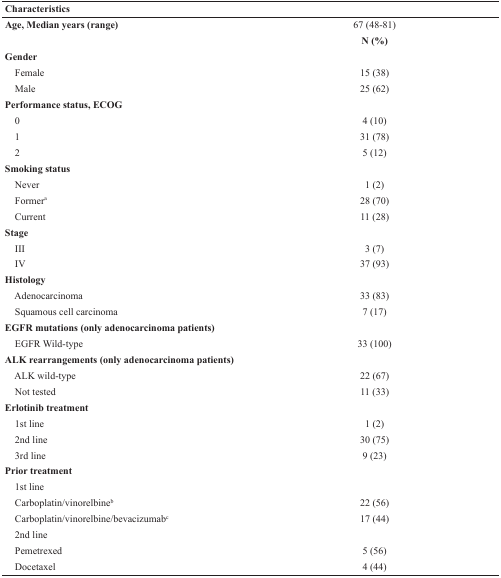
<table><thead><tr><td><b>Characteristics</b></td><td></td></tr></thead><tbody><tr><td><b>Age, Median years (range)</b></td><td>67 (48-81)</td></tr><tr><td></td><td><b>N (%)</b></td></tr><tr><td><b>Gender</b></td><td></td></tr><tr><td> Female</td><td>15 (38)</td></tr><tr><td> Male</td><td>25 (62)</td></tr><tr><td><b>Performance status, ECOG</b></td><td></td></tr><tr><td> 0</td><td>4 (10)</td></tr><tr><td> 1</td><td>31 (78)</td></tr><tr><td> 2</td><td>5 (12)</td></tr><tr><td><b>Smoking status</b></td><td></td></tr><tr><td> Never</td><td>1 (2)</td></tr><tr><td> Former<sup>a</sup></td><td>28 (70)</td></tr><tr><td> Current</td><td>11 (28)</td></tr><tr><td><b>Stage</b></td><td></td></tr><tr><td> III</td><td>3 (7)</td></tr><tr><td> IV</td><td>37 (93)</td></tr><tr><td><b>Histology</b></td><td></td></tr><tr><td> Adenocarcinoma</td><td>33 (83)</td></tr><tr><td> Squamous cell carcinoma</td><td>7 (17)</td></tr><tr><td><b>EGFR mutations (only adenocarcinoma patients)</b></td><td></td></tr><tr><td> EGFR Wild-type</td><td>33 (100)</td></tr><tr><td><b>ALK rearrangements (only adenocarcinoma patients)</b></td><td></td></tr><tr><td> ALK wild-type</td><td>22 (67)</td></tr><tr><td> Not tested</td><td>11 (33)</td></tr><tr><td><b>Erlotinib treatment</b></td><td></td></tr><tr><td> 1st line</td><td>1 (2)</td></tr><tr><td> 2nd line</td><td>30 (75)</td></tr><tr><td> 3rd line</td><td>9 (23)</td></tr><tr><td><b>Prior treatment</b></td><td></td></tr><tr><td> 1st line</td><td></td></tr><tr><td> Carboplatin/vinorelbine<sup>b</sup></td><td>22 (56)</td></tr><tr><td> Carboplatin/vinorelbine/bevacizumab<sup>c</sup></td><td>17 (44)</td></tr><tr><td> 2nd line</td><td></td></tr><tr><td> Pemetrexed</td><td>5 (56)</td></tr><tr><td> Docetaxel</td><td>4 (44)</td></tr></tbody></table>